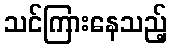
သင်ကြားနေသည့်